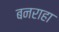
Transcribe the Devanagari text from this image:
बनराहा